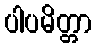
ပါပမိတ္တာ